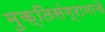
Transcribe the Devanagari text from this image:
मुक्तिसंग्रामाचे